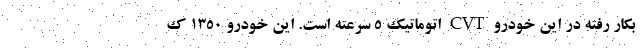
بکار رفته در این خودرو CVT اتوماتیک 5 سرعته است. این خودرو 1350 ک